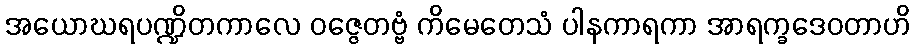
အယောဃရပဏ္ဍိတကာလေ ဝဇ္ဇေတဗ္ဗံ ကိမေတေသံ ပါနကာရကာ အာရက္ခဒေဝတာဟိ